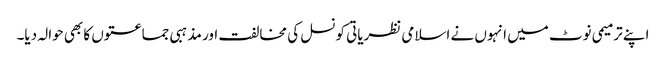
اپنے ترمیمی نوٹ میں انہوں نے اسلامی نظریاتی کونسل کی مخالفت اور مذہبی جماعتوں کا بھی حوالہ دیا۔